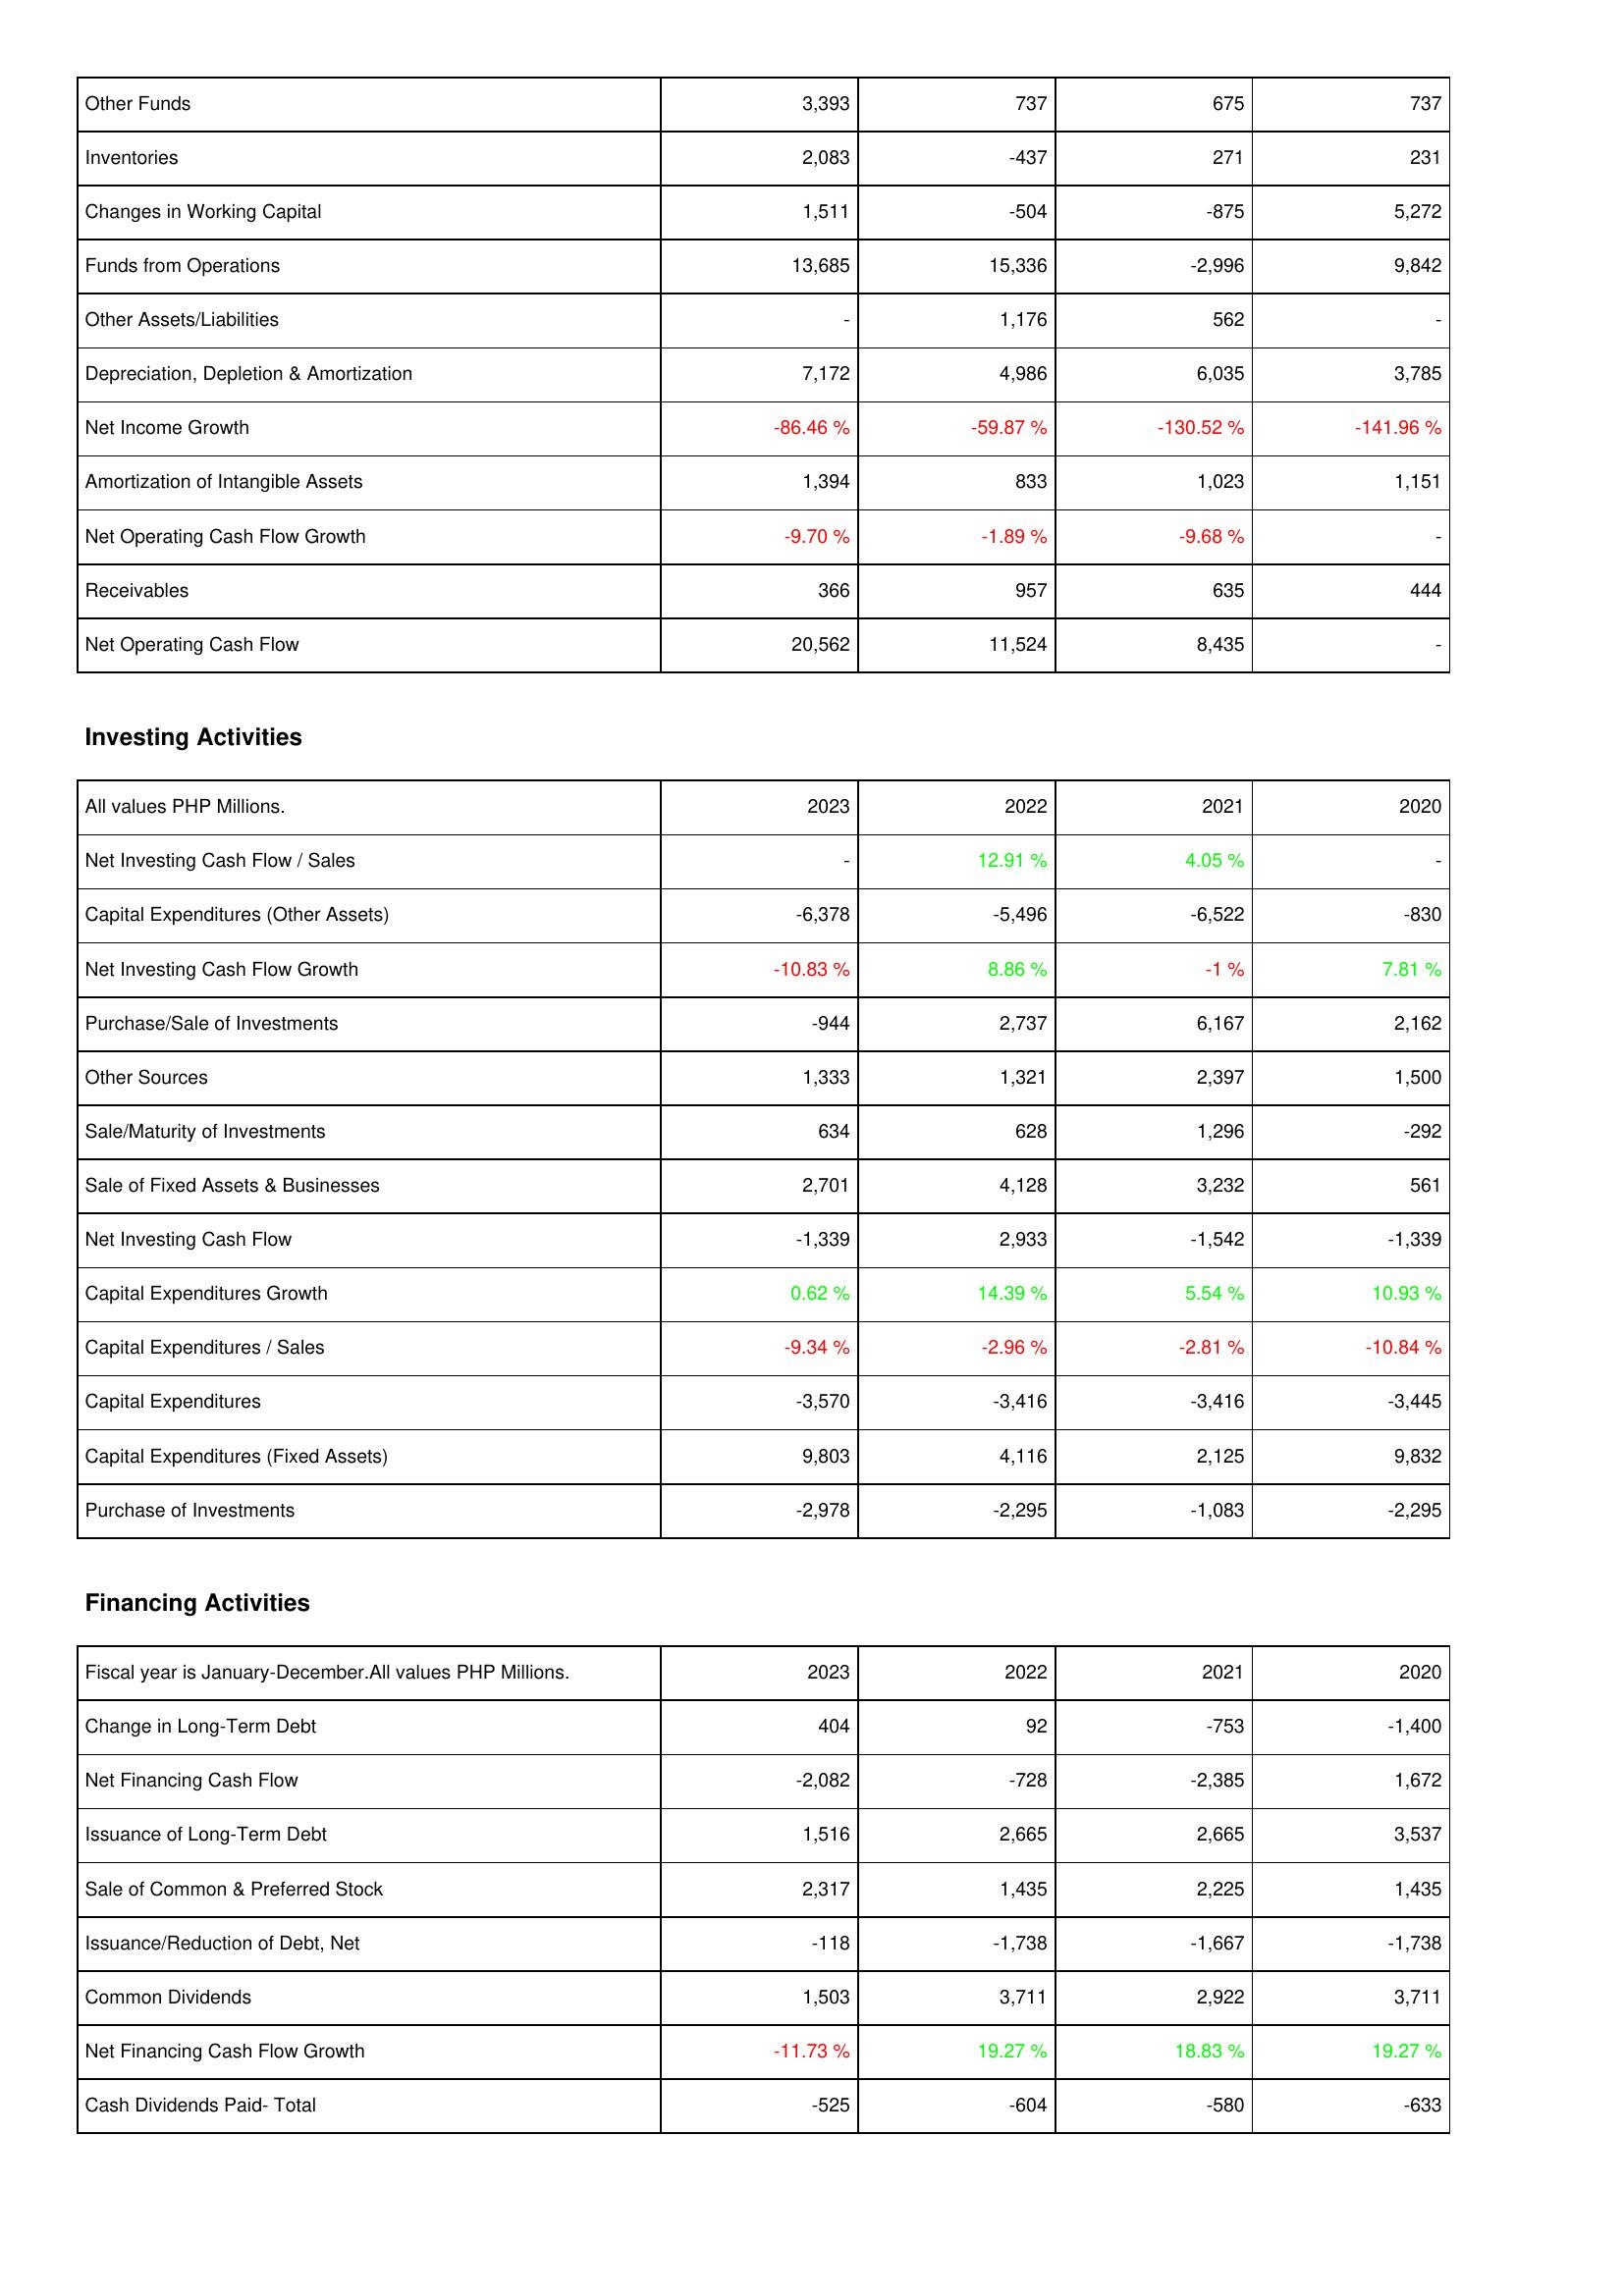
2023: Operating Activities: Other Funds: 3,393
Inventories: 2,083
Changes in Working Capital: 1,511
Funds from Operations: 13,685
Other Assets/Liabilities: -
Depreciation, Depletion & Amortization: 7,172
Net Income Growth: -86.46 %
Amortization of Intangible Assets: 1,394
Net Operating Cash Flow Growth: -9.70 %
Receivables: 366
Net Operating Cash Flow: 20,562
Investing Activities: Net Investing Cash Flow / Sales: -
Capital Expenditures (Other Assets): -6,378
Net Investing Cash Flow Growth: -10.83 %
Purchase/Sale of Investments: -944
Other Sources: 1,333
Sale/Maturity of Investments: 634
Sale of Fixed Assets & Businesses: 2,701
Net Investing Cash Flow: -1,339
Capital Expenditures Growth: 0.62 %
Capital Expenditures / Sales: -9.34 %
Capital Expenditures: -3,570
Capital Expenditures (Fixed Assets): 9,803
Purchase of Investments: -2,978
Financing Activities: Change in Long-Term Debt: 404
Net Financing Cash Flow: -2,082
Issuance of Long-Term Debt: 1,516
Sale of Common & Preferred Stock: 2,317
Issuance/Reduction of Debt, Net: -118
Common Dividends: 1,503
Net Financing Cash Flow Growth: -11.73 %
Cash Dividends Paid- Total: -525
2022: Operating Activities: Other Funds: 737
Inventories: -437
Changes in Working Capital: -504
Funds from Operations: 15,336
Other Assets/Liabilities: 1,176
Depreciation, Depletion & Amortization: 4,986
Net Income Growth: -59.87 %
Amortization of Intangible Assets: 833
Net Operating Cash Flow Growth: -1.89 %
Receivables: 957
Net Operating Cash Flow: 11,524
Investing Activities: Net Investing Cash Flow / Sales: 12.91 %
Capital Expenditures (Other Assets): -5,496
Net Investing Cash Flow Growth: 8.86 %
Purchase/Sale of Investments: 2,737
Other Sources: 1,321
Sale/Maturity of Investments: 628
Sale of Fixed Assets & Businesses: 4,128
Net Investing Cash Flow: 2,933
Capital Expenditures Growth: 14.39 %
Capital Expenditures / Sales: -2.96 %
Capital Expenditures: -3,416
Capital Expenditures (Fixed Assets): 4,116
Purchase of Investments: -2,295
Financing Activities: Change in Long-Term Debt: 92
Net Financing Cash Flow: -728
Issuance of Long-Term Debt: 2,665
Sale of Common & Preferred Stock: 1,435
Issuance/Reduction of Debt, Net: -1,738
Common Dividends: 3,711
Net Financing Cash Flow Growth: 19.27 %
Cash Dividends Paid- Total: -604
2021: Operating Activities: Other Funds: 675
Inventories: 271
Changes in Working Capital: -875
Funds from Operations: -2,996
Other Assets/Liabilities: 562
Depreciation, Depletion & Amortization: 6,035
Net Income Growth: -130.52 %
Amortization of Intangible Assets: 1,023
Net Operating Cash Flow Growth: -9.68 %
Receivables: 635
Net Operating Cash Flow: 8,435
Investing Activities: Net Investing Cash Flow / Sales: 4.05 %
Capital Expenditures (Other Assets): -6,522
Net Investing Cash Flow Growth: -1 %
Purchase/Sale of Investments: 6,167
Other Sources: 2,397
Sale/Maturity of Investments: 1,296
Sale of Fixed Assets & Businesses: 3,232
Net Investing Cash Flow: -1,542
Capital Expenditures Growth: 5.54 %
Capital Expenditures / Sales: -2.81 %
Capital Expenditures: -3,416
Capital Expenditures (Fixed Assets): 2,125
Purchase of Investments: -1,083
Financing Activities: Change in Long-Term Debt: -753
Net Financing Cash Flow: -2,385
Issuance of Long-Term Debt: 2,665
Sale of Common & Preferred Stock: 2,225
Issuance/Reduction of Debt, Net: -1,667
Common Dividends: 2,922
Net Financing Cash Flow Growth: 18.83 %
Cash Dividends Paid- Total: -580
2020: Operating Activities: Other Funds: 737
Inventories: 231
Changes in Working Capital: 5,272
Funds from Operations: 9,842
Other Assets/Liabilities: -
Depreciation, Depletion & Amortization: 3,785
Net Income Growth: -141.96 %
Amortization of Intangible Assets: 1,151
Net Operating Cash Flow Growth: -
Receivables: 444
Net Operating Cash Flow: -
Investing Activities: Net Investing Cash Flow / Sales: -
Capital Expenditures (Other Assets): -830
Net Investing Cash Flow Growth: 7.81 %
Purchase/Sale of Investments: 2,162
Other Sources: 1,500
Sale/Maturity of Investments: -292
Sale of Fixed Assets & Businesses: 561
Net Investing Cash Flow: -1,339
Capital Expenditures Growth: 10.93 %
Capital Expenditures / Sales: -10.84 %
Capital Expenditures: -3,445
Capital Expenditures (Fixed Assets): 9,832
Purchase of Investments: -2,295
Financing Activities: Change in Long-Term Debt: -1,400
Net Financing Cash Flow: 1,672
Issuance of Long-Term Debt: 3,537
Sale of Common & Preferred Stock: 1,435
Issuance/Reduction of Debt, Net: -1,738
Common Dividends: 3,711
Net Financing Cash Flow Growth: 19.27 %
Cash Dividends Paid- Total: -633